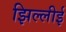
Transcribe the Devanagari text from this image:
झिल्लीई